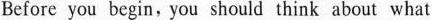
Before you begin, you should think about what